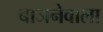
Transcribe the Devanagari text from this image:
बाजनेवाला